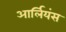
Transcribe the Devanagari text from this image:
आर्लियंस